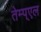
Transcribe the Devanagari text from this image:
तेम्प्एल